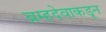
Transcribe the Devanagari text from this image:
ब्रम्हदेवाकडून